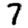
Digit: 7